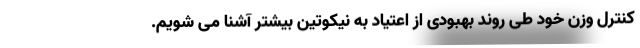
کنترل وزن خود طی روند بهبودی از اعتیاد به نیکوتین بیشتر آشنا می شویم.